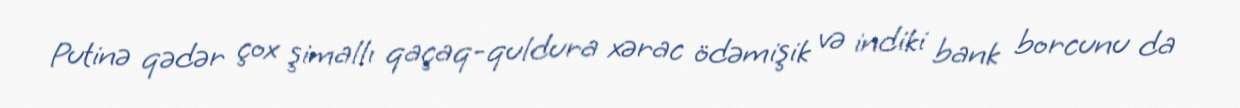
Putinə qədər çox şimallı qaçaq-quldura xərac ödəmişik və indiki bank borcunu da